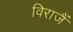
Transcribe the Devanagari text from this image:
विराजैं